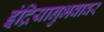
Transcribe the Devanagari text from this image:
इंद्रियानुभवावर